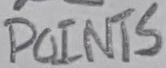
Text: POINTS